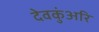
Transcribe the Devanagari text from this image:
देवकुंअरि